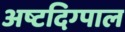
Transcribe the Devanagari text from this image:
अष्टदिग्पाल